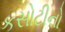
કસોટીનો